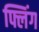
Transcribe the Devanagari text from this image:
फ्लिंग